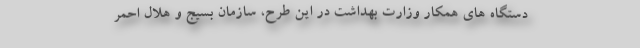
دستگاه های همکار وزارت بهداشت در این طرح، سازمان بسیج و هلال احمر